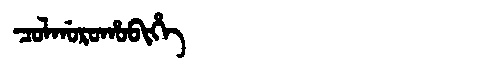
Manchu: ᠴᠣᠯᡤᠣᡵᠣᡥᠣᠪᡳᡥᡝ
Romanization: COLGOROHOBIHE